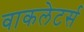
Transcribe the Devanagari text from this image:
वाकलेटर्स